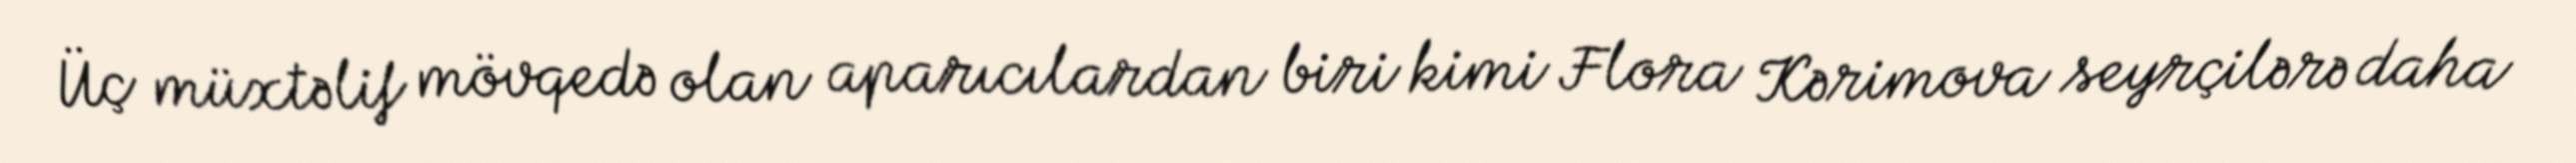
Üç müxtəlif mövqedə olan aparıcılardan biri kimi Flora Kərimova seyrçilərə daha